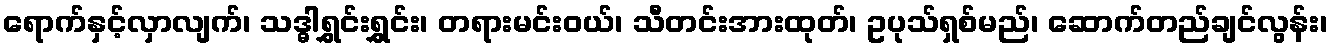
ရောက်နှင့်လှာလျက်၊ သဒ္ဓါရွှင်းရွှင်း၊ တရားမင်းဝယ်၊ သီတင်းအားထုတ်၊ ဥပုသ်ရှစ်မည်၊ ဆောက်တည်ချင်လွန်း၊